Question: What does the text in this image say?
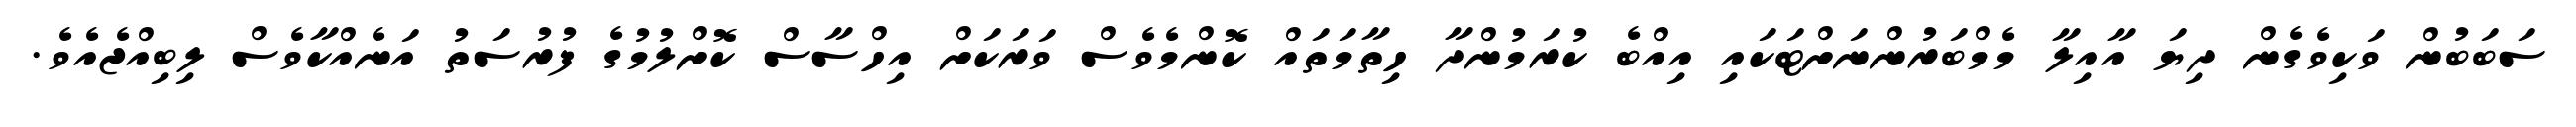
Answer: ސަބަބުން ވަކިވެގެން ދިޔަ އާއިލާ މެމްބަރުންނަށްޓަކައި އިއްބެ ކުރަމުންދާ ހިތާމަތައް ކޮންމެވެސް ވަރަކަށް އިހްސާސް ކޮށްލުމުގެ ފުރުސަތު އަނެއްކާވެސް ލިބިއްޖެއެވެ.